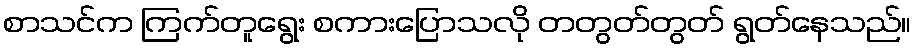
စာသင်က ကြက်တူရွေး စကားပြောသလို တတွတ်တွတ် ရွတ်နေသည်။